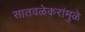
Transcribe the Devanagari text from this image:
सातवळेकरांमुळे